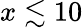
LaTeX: x\lesssim 10